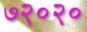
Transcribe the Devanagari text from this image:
७२०२०